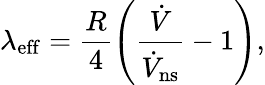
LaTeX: \lambda_{\mathrm{eff}}=\frac{R}{4}\left(\frac{\dot{V}}{\dot{V}_{\mathrm{ns}}}-1\right),